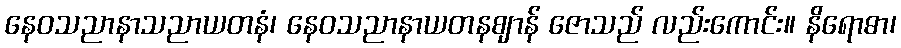
နေဝသညာနာသညာယတနံ၊ နေဝသညာနာယတနဈာန် ဇောသည် လည်းကောင်း။ နိရောဓာ၊